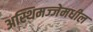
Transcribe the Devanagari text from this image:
अस्थिमज्जेमधील